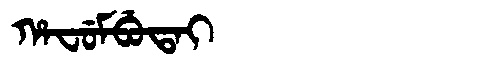
Manchu: ᡥᠠᠸᡠᠮᠪᡠᡨᠠᡳ
Romanization: HAFUMBUTAI